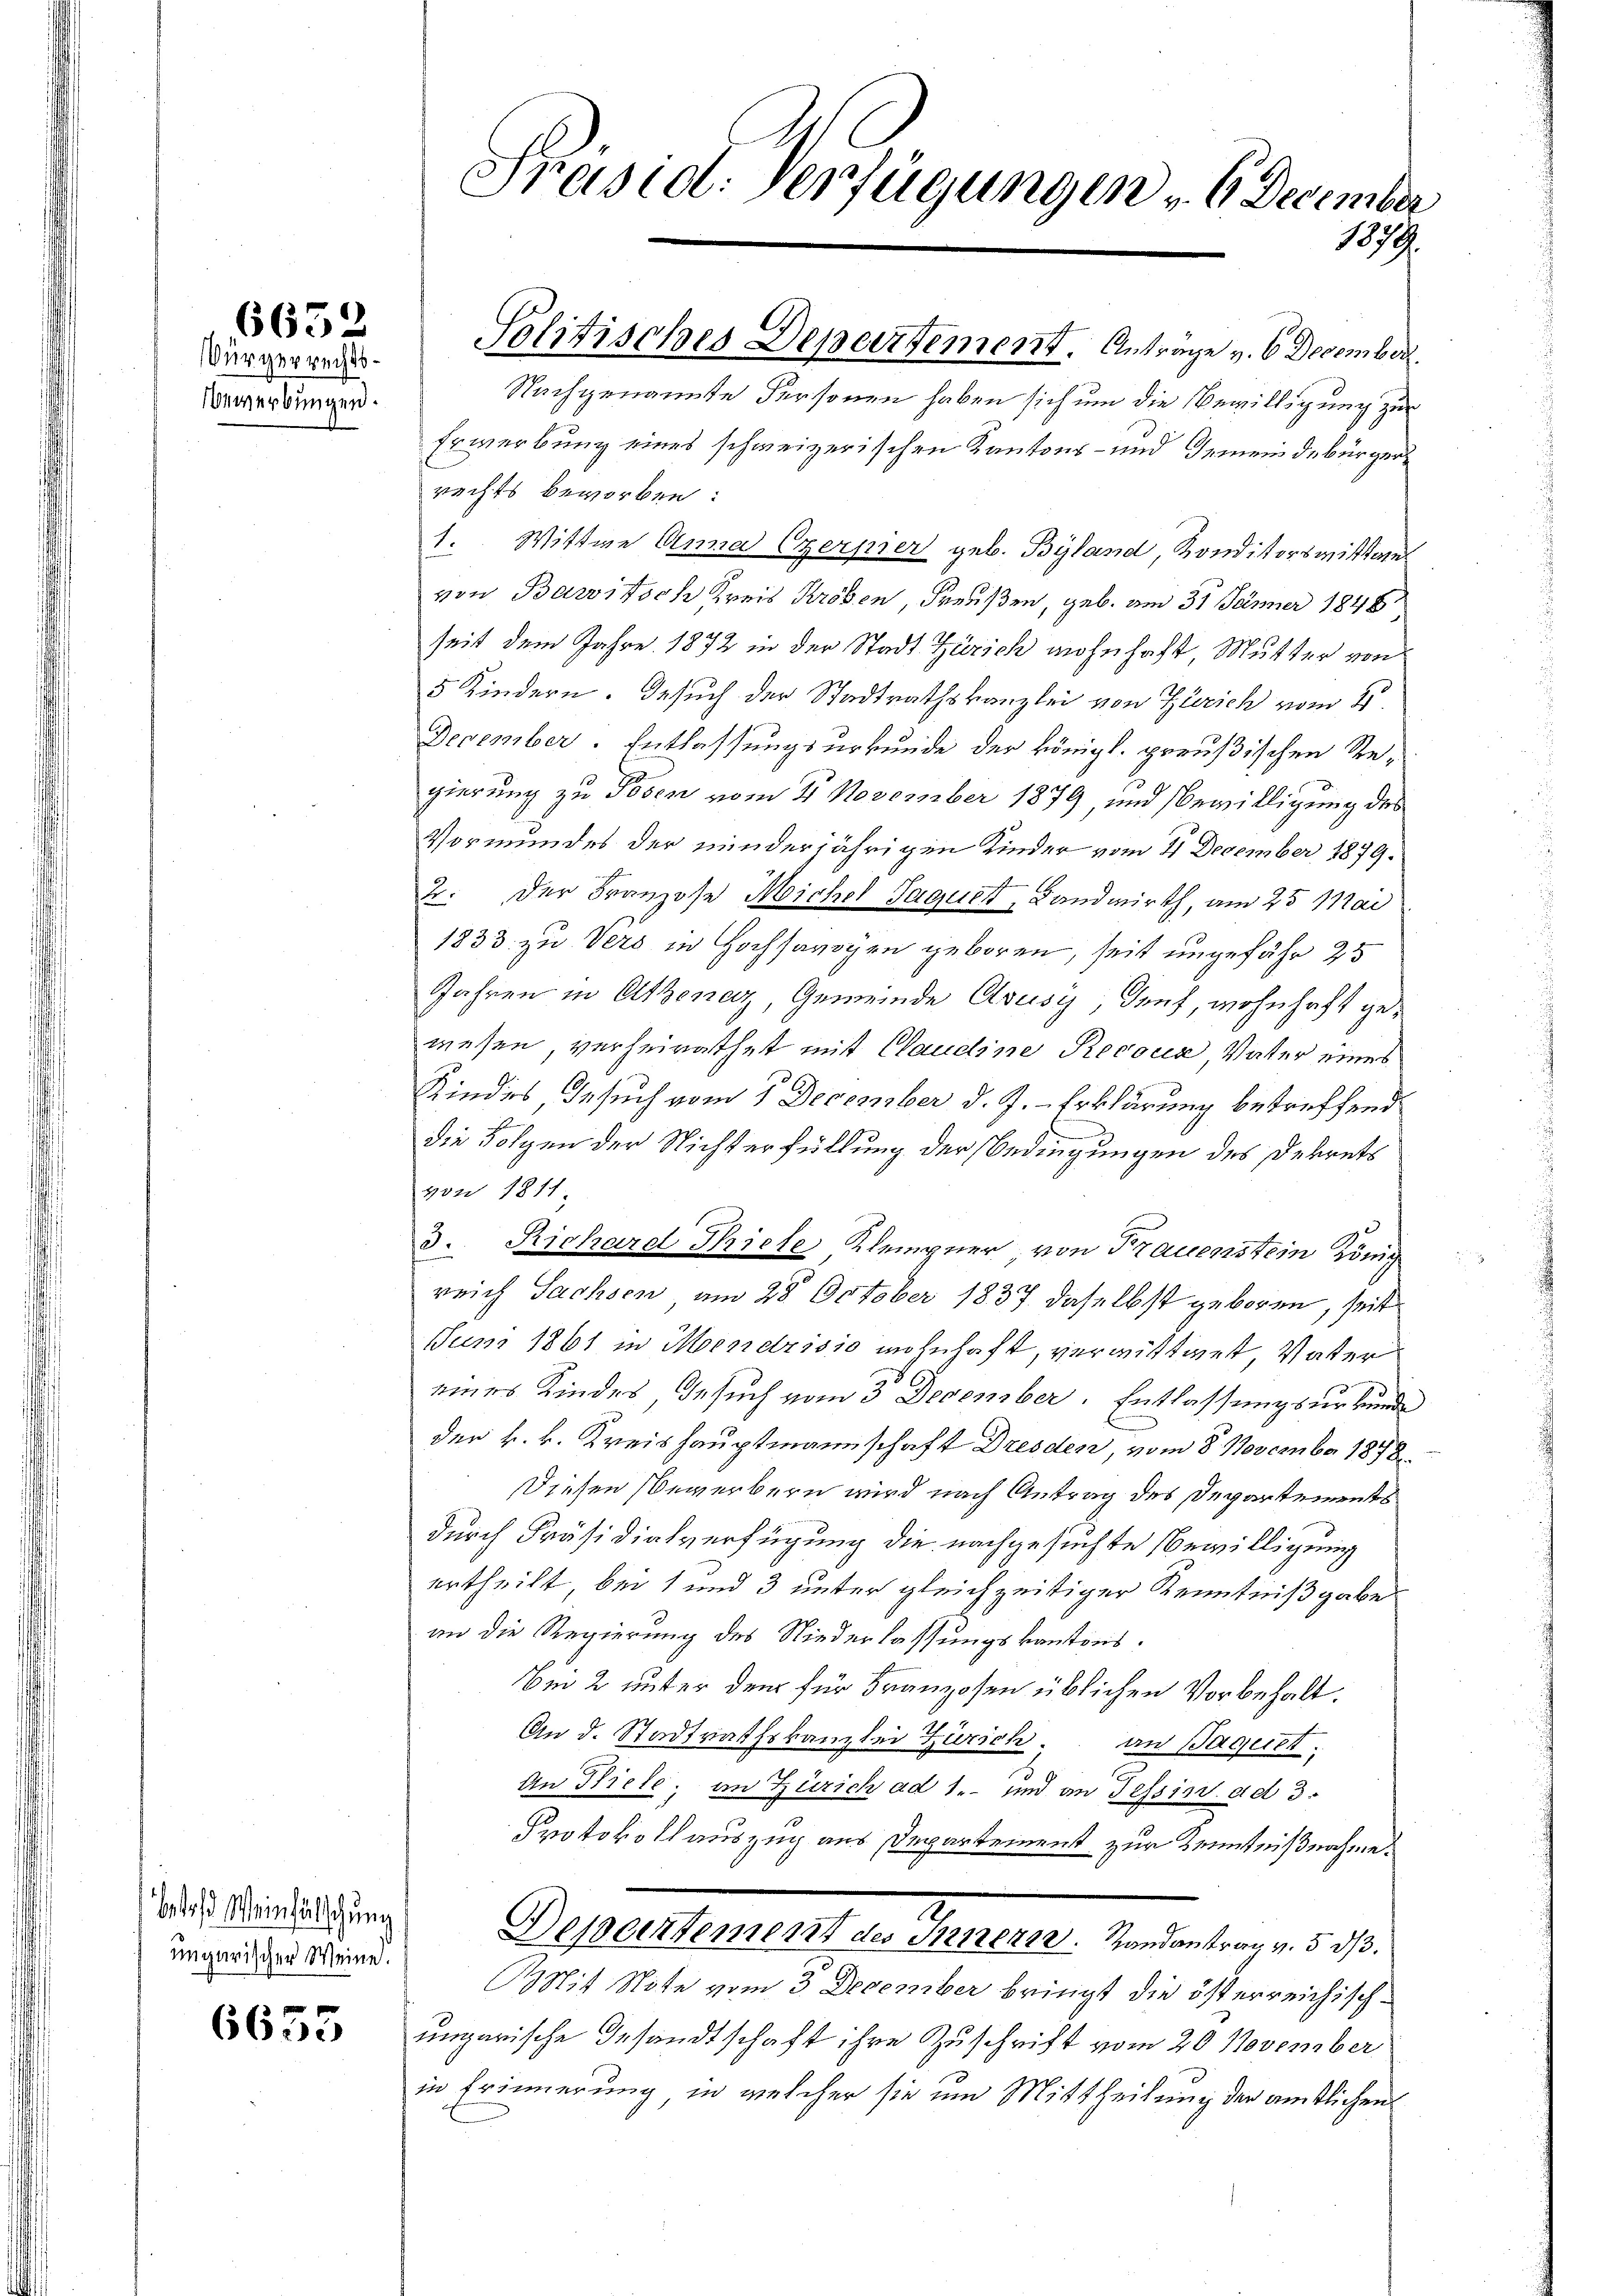
6652

Bürgerrechts¬
Gewerbungen.

t Meinfälschung
ungarischer Weine.
6653

Präsid. Verfügungen - 6 December
1879.

Solitisches Departement. Antrage v. 6. December.

Nachgenannte Personen haben sich um die Bewilligung zur
Erwerbung eines schweizerischen Kantons- und Gemeindebürger
rechts beworben:
1. Wittwe Anna Czerper geb. Byland, Konditorswittwer
von Barritsch Kreis Kröben Preußen, geb. am 31 Jänner 1848
seit dem Jahre 1872 in der Stadt Zürich wohnhaft Mutter von
5 Kindern. Gesuch der Stadtrathskanzlei von Zürich vom 21.
December. Entlassungsurkunde der königl. preußischen Re-
gierung zu Posen vom 21. November 1879, und Bewilligung des
Vormundes der minderjährigen Kinder vom 21. December 1879.
4. Der Franzose Michel Jaquet, Landwirth, am 25 Mai
1833. zu Vers in Hochsavoyen geboren, seit ungefähr 25
Jahren in Athenaz, Gemeinde Elsusy, darf, wohnhaft gewesen, verheirathet mit Claudine Recour Vater eines
Kindes, Gesuch vom 1. December d. J.- Erklärung betreffend
die Folgen der Nichterfüllung der Bedingungen des Dekrets
432. 1871
3. Richard Piete Klempner, von Frauenstein König
reich Sachsen, am 28. October 1837. daselbst geboren, seit
Juni 1861 in Mendrisio wohnhaft, vermittwet Vater
eines Kindes Gesuch vom 3 December. Entlassungsurkunde
der k. k. Kreishauptmannschaft Dresden, vom 8. November 1878
Diesen Bewerbern wird nach Antrag des Departements
durch Präsidialverfügung die nachgesuchte Bewilligung
ertheilt, bei 1 und 3 unter gleichzeitiger Kenntnißgabe
an die Regierung des Niederlassungskantons.
Bei 2 unter dem für Franzosen üblichen Vorbehalt.
An d. Stadtrathskanzlei Zürich, an aquet,
An Biele; in Zürich ad 1. und an Tessin. ad 3.
Protokollauszug aus Departement zur Kenntnißnahme.
Departement des Innern. Randantrag v. 5. d.
it Note vom 3 December bringt die österreichischungarische Gesandtschaft ihre Zuschrift vom 20. November
in Erinnerung, in welcher sie um Mittheilung der amtlichen